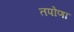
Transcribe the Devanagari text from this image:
तपोणा